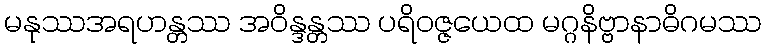
မနုဿအရဟန္တဿ အဝိန္ဒန္တဿ ပရိဝဇ္ဇယေထ မဂ္ဂနိဗ္ဗာနာဓိဂမဿ